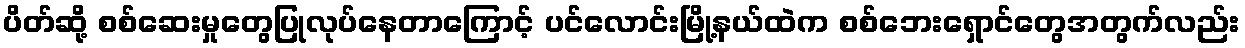
ပိတ်ဆို့ စစ်ဆေးမှုတွေပြုလုပ်နေတာကြောင့် ပင်လောင်းမြို့နယ်ထဲက စစ်ဘေးရှောင်တွေအတွက်လည်း